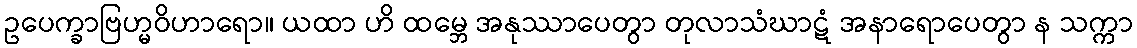
ဥပေက္ခာဗြဟ္မဝိဟာရော။ ယထာ ဟိ ထမ္ဘေ အနုဿာပေတွာ တုလာသံဃာဋံ အနာရောပေတွာ န သက္ကာ